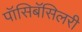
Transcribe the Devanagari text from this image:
पॉसिबॅसिलरी